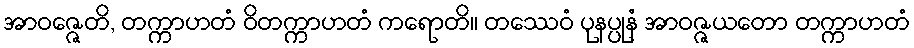
အာဝဇ္ဇေတိ, တက္ကာဟတံ ဝိတက္ကာဟတံ ကရောတိ။ တဿေဝံ ပုနပ္ပုနံ အာဝဇ္ဇယတော တက္ကာဟတံ